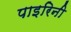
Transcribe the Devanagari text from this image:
पाइरिनी